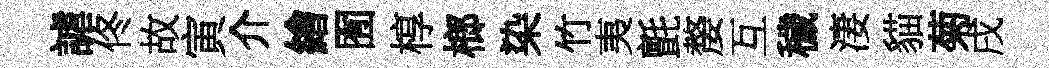
謔佟故寅介繪囿椁榔染竹夷氈嫠互穢淒貓菊戌